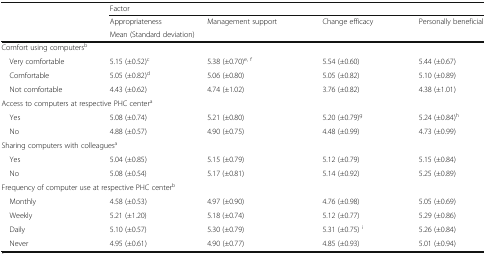
<table><thead><tr><td rowspan="3"></td><td colspan="4"><b>Factor</b></td></tr><tr><td><b>Appropriateness</b></td><td><b>Management support</b></td><td><b>Change efficacy</b></td><td><b>Personally beneficial</b></td></tr><tr><td colspan="4"><b>Mean (Standard deviation)</b></td></tr></thead><tbody><tr><td colspan="5">Comfort using computers<sup>b</sup></td></tr><tr><td> Very comfortable</td><td>5.15 (±0.52)<sup>c</sup></td><td>5.38 (±0.70)<sup>e, f</sup></td><td>5.54 (±0.60)</td><td>5.44 (±0.67)</td></tr><tr><td> Comfortable</td><td>5.05 (±0.82)<sup>d</sup></td><td>5.06 (±0.80)</td><td>5.05 (±0.82)</td><td>5.10 (±0.89)</td></tr><tr><td> Not comfortable</td><td>4.43 (±0.62)</td><td>4.74 (±1.02)</td><td>3.76 (±0.82)</td><td>4.38 (±1.01)</td></tr><tr><td colspan="5">Access to computers at respective PHC center<sup>a</sup></td></tr><tr><td> Yes</td><td>5.08 (±0.74)</td><td>5.21 (±0.80)</td><td>5.20 (±0.79)<sup>g</sup></td><td>5.24 (±0.84)<sup>h</sup></td></tr><tr><td> No</td><td>4.88 (±0.57)</td><td>4.90 (±0.75)</td><td>4.48 (±0.99)</td><td>4.73 (±0.99)</td></tr><tr><td colspan="5">Sharing computers with colleagues<sup>a</sup></td></tr><tr><td> Yes</td><td>5.04 (±0.85)</td><td>5.15 (±0.79)</td><td>5.12 (±0.79)</td><td>5.15 (±0.84)</td></tr><tr><td> No</td><td>5.08 (±0.54)</td><td>5.17 (±0.81)</td><td>5.14 (±0.92)</td><td>5.25 (±0.89)</td></tr><tr><td colspan="5">Frequency of computer use at respective PHC center<sup>b</sup></td></tr><tr><td> Monthly</td><td>4.58 (±0.53)</td><td>4.97 (±0.90)</td><td>4.76 (±0.98)</td><td>5.05 (±0.69)</td></tr><tr><td> Weekly</td><td>5.21 (±1.20)</td><td>5.18 (±0.74)</td><td>5.12 (±0.77)</td><td>5.29 (±0.86)</td></tr><tr><td> Daily</td><td>5.10 (±0.57)</td><td>5.30 (±0.79)</td><td>5.31 (±0.75) <sup>i</sup></td><td>5.26 (±0.84)</td></tr><tr><td> Never</td><td>4.95 (±0.61)</td><td>4.90 (±0.77)</td><td>4.85 (±0.93)</td><td>5.01 (±0.94)</td></tr></tbody></table>